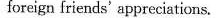
foreign friends' appreciations.